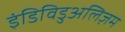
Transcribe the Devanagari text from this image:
इंडिविडुअलिज़म